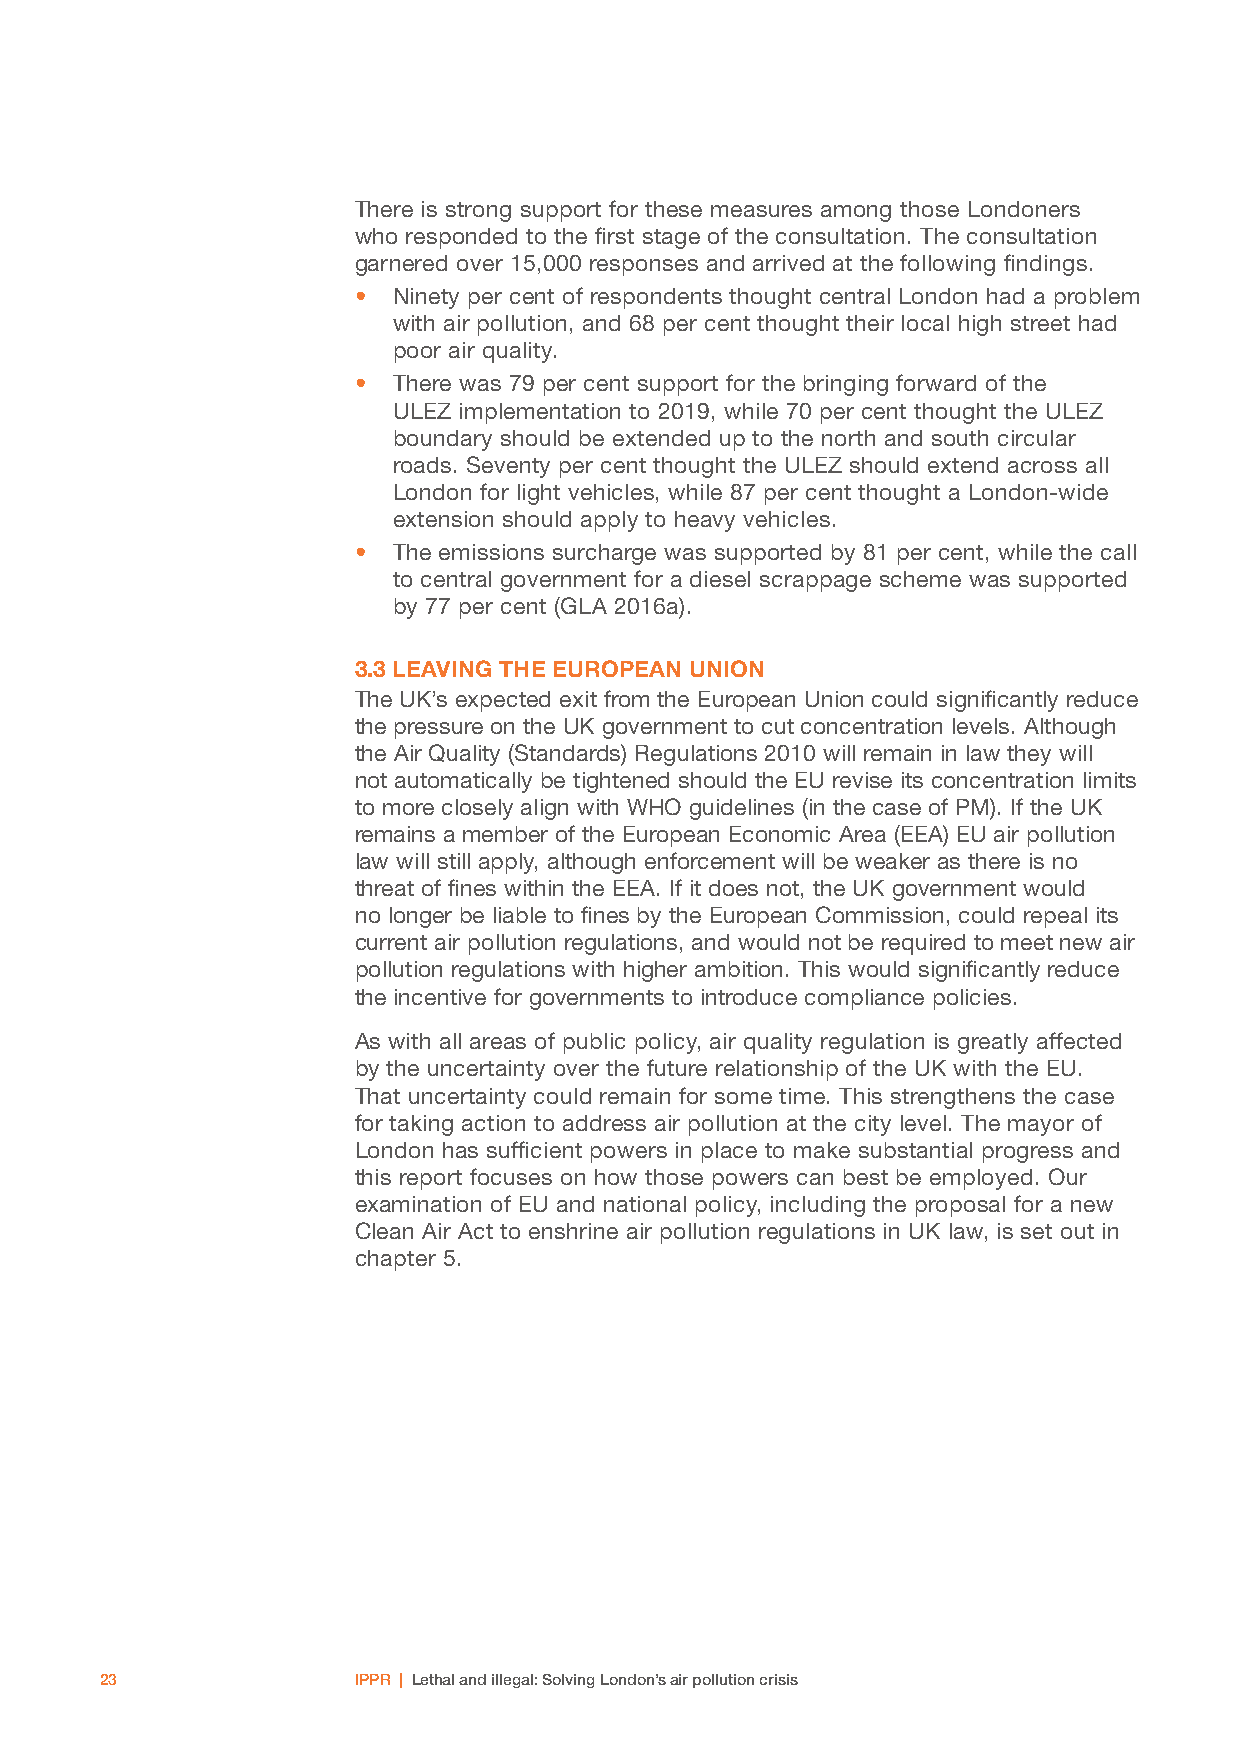
There is strong support for these measures among those Londoners
 who responded to the first stage of the consultation. The consultation
 garnered over 15,000 responses and arrived at the following findings.
 •  Ninety per cent of respondents thought central London had a problem
 with air pollution, and 68 per cent thought their local high street had
 poor air quality.
 •  There was 79 per cent support for the bringing forward of the
 ULEZ implementation to 2019, while 70 per cent thought the ULEZ
 boundary should be extended up to the north and south circular
 roads. Seventy per cent thought the ULEZ should extend across all
 London for light vehicles, while 87 per cent thought a London-wide
 extension should apply to heavy vehicles.
 •  The emissions surcharge was supported by 81 per cent, while the call
 to central government for a diesel scrappage scheme was supported
 by 77 per cent (GLA 2016a).
 3.3 LEAVING THE EUROPEAN UNION
 The UK’s expected exit from the European Union could significantly reduce
 the pressure on the UK government to cut concentration levels. Although
 the Air Quality (Standards) Regulations 2010 will remain in law they will
 not automatically be tightened should the EU revise its concentration limits
 to more closely align with WHO guidelines (in the case of PM). If the UK
 remains a member of the European Economic Area (EEA) EU air pollution
 law will still apply, although enforcement will be weaker as there is no
 threat of fines within the EEA. If it does not, the UK government would
 no longer be liable to fines by the European Commission, could repeal its
 current air pollution regulations, and would not be required to meet new air
 pollution regulations with higher ambition. This would significantly reduce
 the incentive for governments to introduce compliance policies.
 As with all areas of public policy, air quality regulation is greatly affected
 by the uncertainty over the future relationship of the UK with the EU.
 That uncertainty could remain for some time. This strengthens the case
 for taking action to address air pollution at the city level. The mayor of
 London has sufficient powers in place to make substantial progress and
 this report focuses on how those powers can best be employed. Our
 examination of EU and national policy, including the proposal for a new
 Clean Air Act to enshrine air pollution regulations in UK law, is set out in
 chapter 5.
 23              IPPR | Lethal and illegal: Solving London’s air pollution crisis